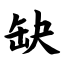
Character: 缺